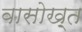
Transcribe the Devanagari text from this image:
वासोख़्त